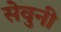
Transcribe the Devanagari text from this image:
सेवुनी